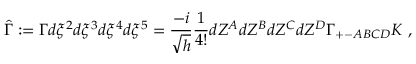
\hat { \Gamma } : = \Gamma d \xi ^ { 2 } d \xi ^ { 3 } d \xi ^ { 4 } d \xi ^ { 5 } = \frac { - i } { \sqrt { h } } \frac { 1 } { 4 ! } d Z ^ { A } d Z ^ { B } d Z ^ { C } d Z ^ { D } \Gamma _ { + - A B C D } K ~ ,